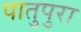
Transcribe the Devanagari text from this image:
पातुपुरा